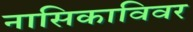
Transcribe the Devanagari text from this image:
नासिकाविवर